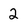
Character: 2